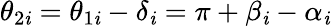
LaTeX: \theta_{2\mathit{i}}=\theta_{1\mathit{i}}-\delta_{\mathit{i}}=\pi+\beta_{\mathit{i}}-\alpha_{\mathit{i}}